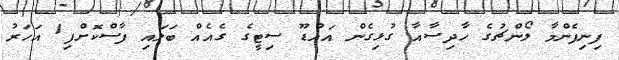
ފިނިފެންމާ ލޯންޗުގެ ހާދިސާއާ ގުޅިގެން އައްޑޫ ސިޓީގެ ގެއެއް ބަލައި ފާސްކޮށްފި1 އަހަރު